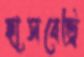
হাসবেন্ড্রি